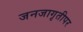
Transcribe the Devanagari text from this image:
जनजागृतीपर